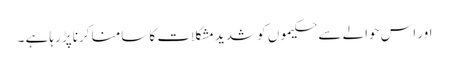
اور اس حوالے سے حکیموں کو شدید مشکلات کا سامنا کرناپڑ رہا ہے ۔